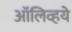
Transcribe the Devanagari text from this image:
ऑलिव्हये